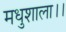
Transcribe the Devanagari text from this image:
मधुशाला।।